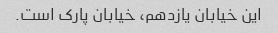
این خیابان یازدهم، خیابان پارک است.